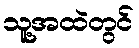
သူ့အထဲတွင်